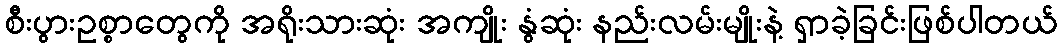
စီးပွားဥစ္စာတွေကို အရိုးသားဆုံး အကျိုး နွံဆုံး နည်းလမ်းမျိုးနဲ့ ရှာခဲ့ခြင်းဖြစ်ပါတယ်